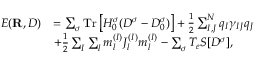
\begin{array} { r l } { E ( { \bf R } , D ) } & { = \sum _ { \sigma } \mathrm { T r } \left[ H _ { 0 } ^ { \sigma } ( D ^ { \sigma } - D _ { 0 } ^ { \sigma } ) \right] + \frac { 1 } { 2 } \sum _ { I , J } ^ { N } q _ { I } \gamma _ { I J } q _ { J } } \\ & { + \frac { 1 } { 2 } \sum _ { I } \sum _ { l } m _ { l } ^ { ( I ) } J _ { l } ^ { ( I ) } m _ { l } ^ { ( I ) } - \sum _ { \sigma } T _ { e } { \cal S } [ D ^ { \sigma } ] , } \end{array}